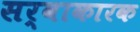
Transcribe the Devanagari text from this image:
सर्वाकारक